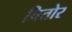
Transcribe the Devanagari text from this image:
चितोर